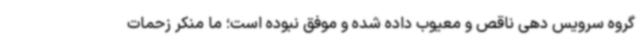
گروه سرویس دهی ناقص و معیوب داده شده و موفق نبوده است؛ ما منکر زحمات